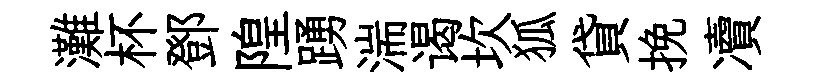
灘杯鄧隍踴湍谒坎狐貸挽凟